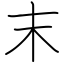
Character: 末